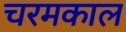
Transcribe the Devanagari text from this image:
चरमकाल